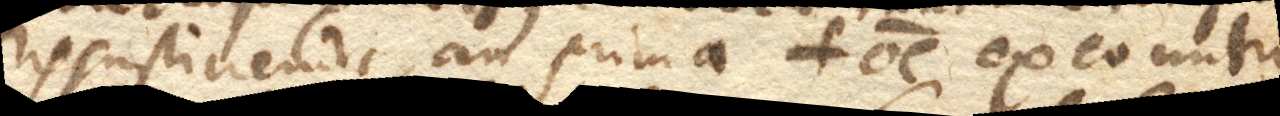
ris sustinendi, an prima omne ex eo nutri–